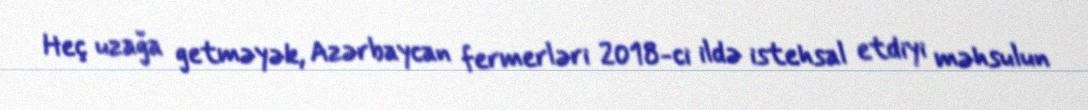
Heç uzağa getməyək, Azərbaycan fermerləri 2018-ci ildə istehsal etdiyi məhsulun